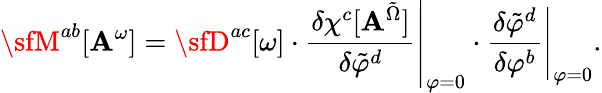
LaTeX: {\sfM}^{ab}[\mathbf{A}^{\omega}]={\sfD}^{ac}[\omega]\cdot\left.\frac{{\delta\chi^{c}[\mathbf{A}^{\tilde{{\Omega}}}]}}{{\delta\tilde{{\varphi}}^{d}}}\right|_{\varphi=0}\cdot\left.\frac{{\delta\tilde{{\varphi}}^{d}}}{{\delta\varphi^{b}}}\right|_{\varphi=0}.